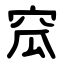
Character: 窊